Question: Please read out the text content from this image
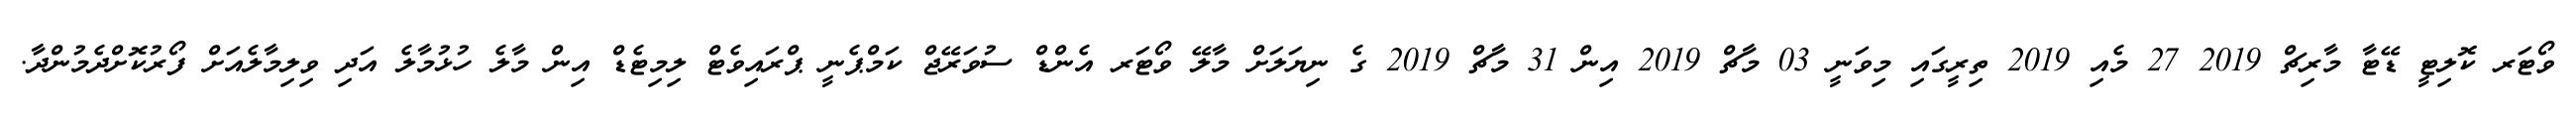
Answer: ވޯޓަރ ކޮލިޓީ ޑޭޓާ މާރިޗް 2019 27 މެއި 2019 ތިރީގައި މިވަނީ 03 މާޗް 2019 އިން 31 މާޗް 2019 ގެ ނިޔަލަށް މާލޭ ވޯޓަރ އެންޑް ސުވަރޭޖް ކަމްޕެނީ ޕްރައިވެޓް ލިމިޓެޑް އިން މާލެ ހުޅުމާލެ އަދި ވިލިމާލެއަށް ފޯރުކޮށްދެމުންދާ.